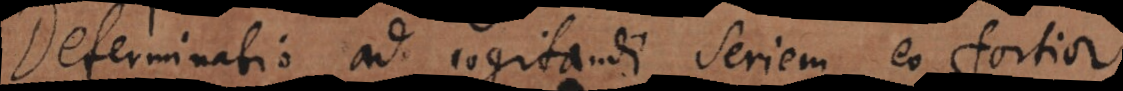
Determinatio ad cogitandi seriem eo fortior